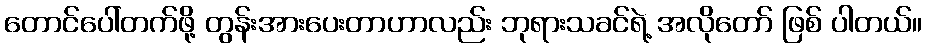
တောင်ပေါ်တက်ဖို့ တွန်းအားပေးတာဟာလည်း ဘုရားသခင်ရဲ့ အလိုတော် ဖြစ် ပါတယ်။